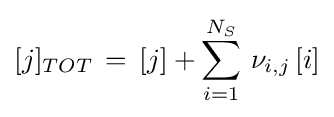
[j]_{TOT}\,=\,[j]+\sum _{i=1}^{N_{S}}\,\nu _{i,j}\,[i]